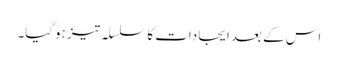
اس کے بعد ایجادات کا سلسلہ تیز ہوگیا۔